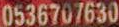
0536707630